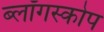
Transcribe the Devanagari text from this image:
ब्लॉगस्कोप